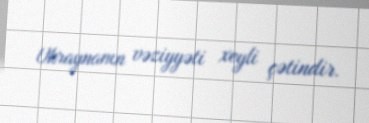
Ukraynanın vəziyyəti xeyli çətindir.